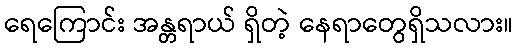
ရေကြောင်း အန္တရာယ် ရှိတဲ့ နေရာတွေရှိသလား။